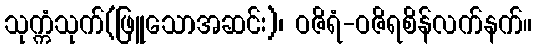
သုက္ကံသုက်(ဖြူသောအဆင်း)၊ ဝဇိရံ-ဝဇိရစိန်လက်နက်။